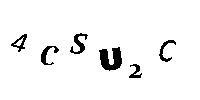
4CSU2C